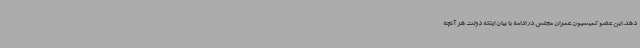
دهد. این عضو کمیسیون عمران مجلس در ادامه با بیان اینکه دولت هر آنچه